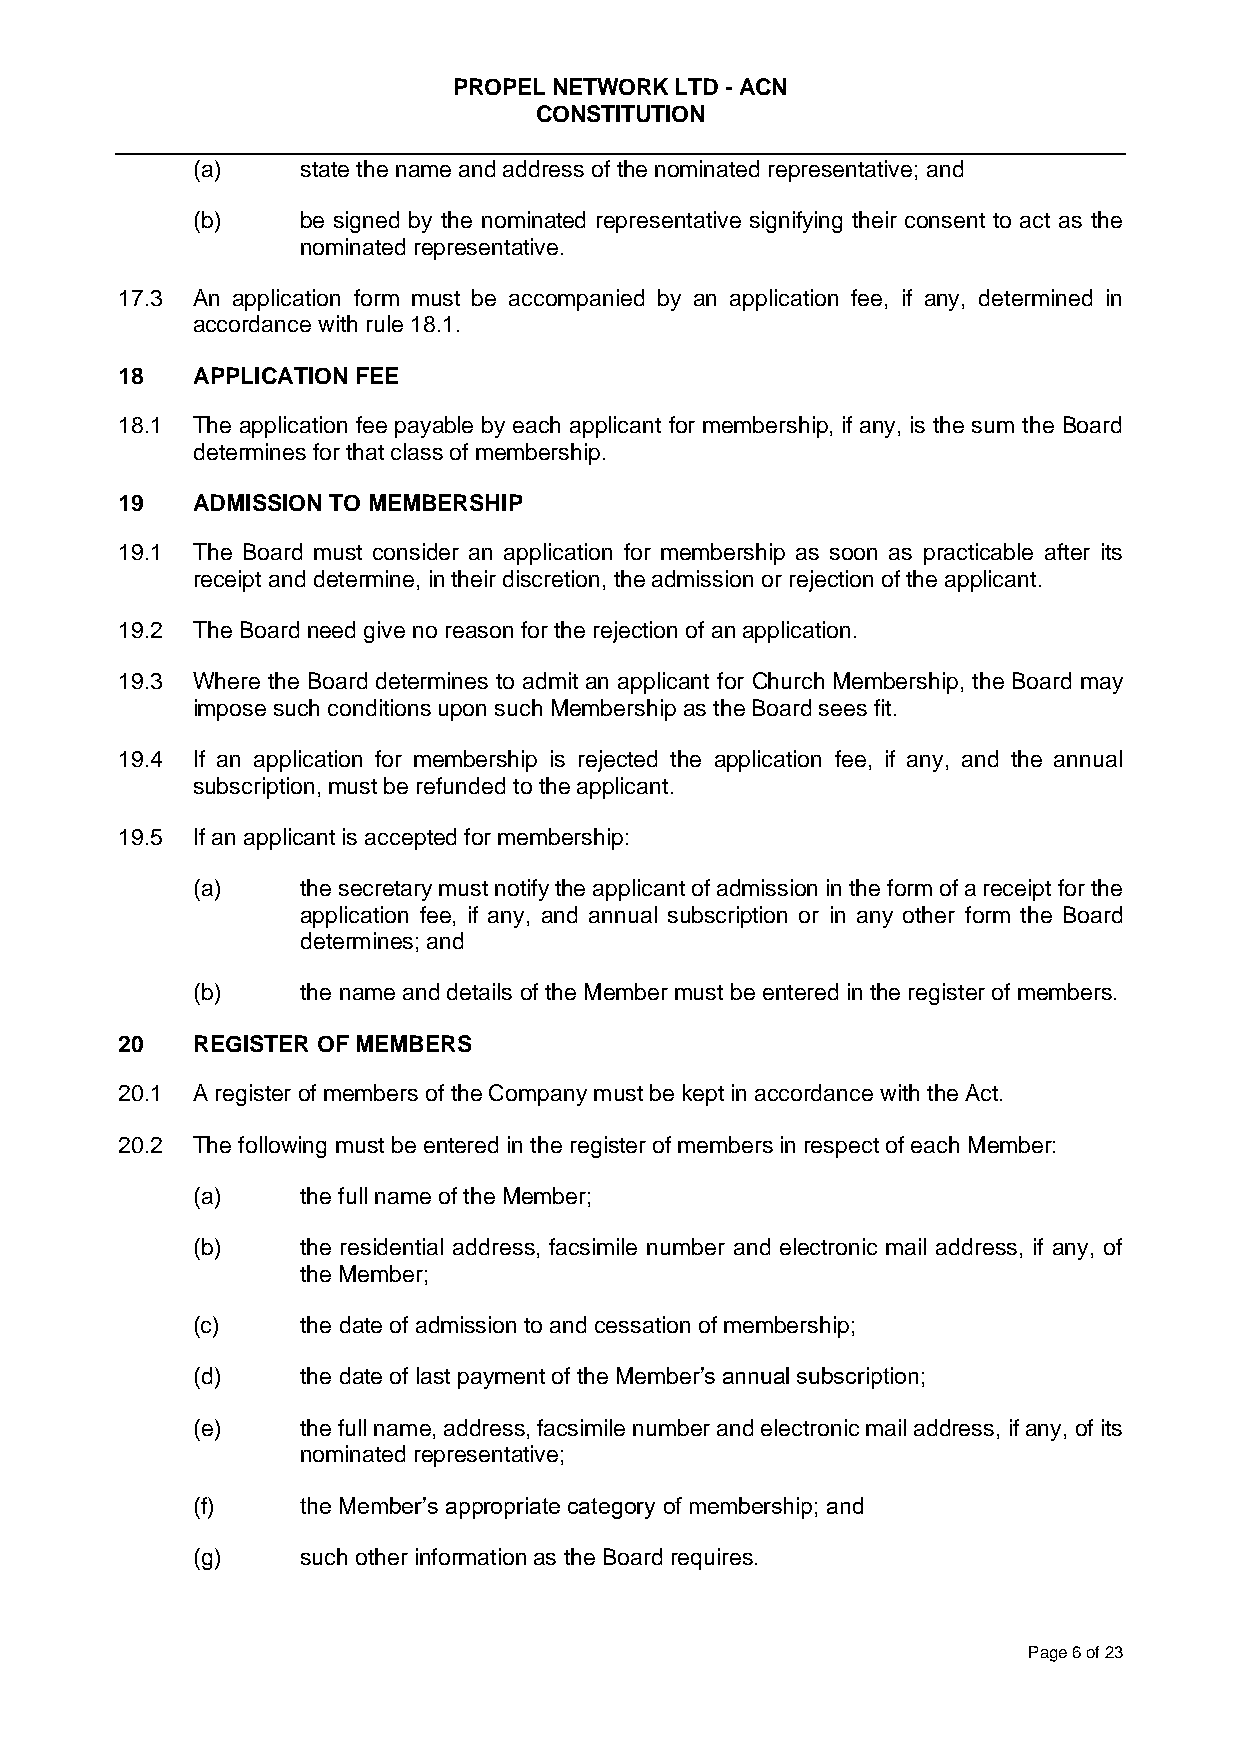
PROPEL NETWORK LTD - ACN
 CONSTITUTION
 (a)    state the name and address of the nominated representative; and
 (b)    be signed by the nominated representative signifying their consent to act as the
 nominated representative.
 17.3 An application form must be accompanied by an application fee, if any, determined in
 accordance with rule 18.1.
 18   APPLICATION FEE
 18.1 The application fee payable by each applicant for membership, if any, is the sum the Board
 determines for that class of membership.
 19   ADMISSION TO MEMBERSHIP
 19.1 The Board must consider an application for membership as soon as practicable after its
 receipt and determine, in their discretion, the admission or rejection of the applicant.
 19.2 The Board need give no reason for the rejection of an application.
 19.3 Where the Board determines to admit an applicant for Church Membership, the Board may
 impose such conditions upon such Membership as the Board sees fit.
 19.4 If an application for membership is rejected the application fee, if any, and the annual
 subscription, must be refunded to the applicant.
 19.5 If an applicant is accepted for membership:
 (a)    the secretary must notify the applicant of admission in the form of a receipt for the
 application fee, if any, and annual subscription or in any other form the Board
 determines; and
 (b)    the name and details of the Member must be entered in the register of members.
 20   REGISTER OF MEMBERS
 20.1 A register of members of the Company must be kept in accordance with the Act.
 20.2 The following must be entered in the register of members in respect of each Member:
 (a)    the full name of the Member;
 (b)    the residential address, facsimile number and electronic mail address, if any, of
 the Member;
 (c)    the date of admission to and cessation of membership;
 (d)    the date of last payment of the Member’s annual subscription;
 (e)    the full name, address, facsimile number and electronic mail address, if any, of its
 nominated representative;
 (f)    the Member’s appropriate category of membership; and
 (g)    such other information as the Board requires.
 Page 6 of 23